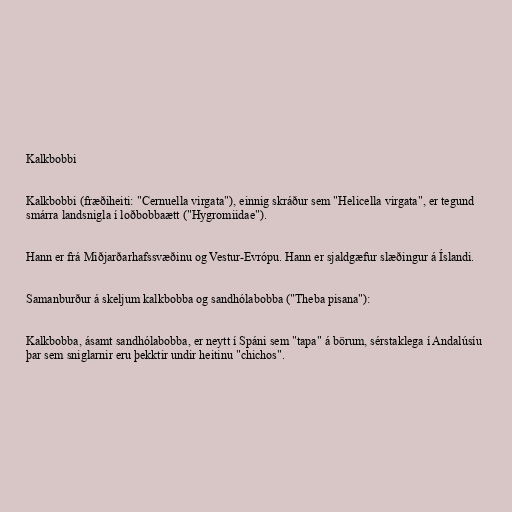
Kalkbobbi

Kalkbobbi (fræðiheiti: "Cernuella virgata"), einnig skráður sem "Helicella virgata", er tegund
smárra landsnigla í loðbobbaætt ("Hygromiidae").

Hann er frá Miðjarðarhafssvæðinu og Vestur-Evrópu. Hann er sjaldgæfur slæðingur á Íslandi.

Samanburður á skeljum kalkbobba og sandhólabobba ("Theba pisana"):

Kalkbobba, ásamt sandhólabobba, er neytt í Spáni sem "tapa" á börum, sérstaklega í Andalúsíu
þar sem sniglarnir eru þekktir undir heitinu "chichos".